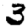
Digit: 3